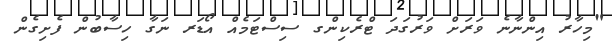
"މިހާރު އިންނާނެ ވަރަށް ވަރުގަދަ ޓްރެކިންގ ސިސްޓަމެއް އޯޑަރ ނަގާ ހިސާބުން ފެށިގެން